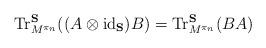
LaTeX: \begin{align*}\textup{Tr}_{M^{\pi_n}}^{\mathbf{S}}((A\otimes\textup{id}_{\mathbf{S}})B)=\textup{Tr}_{M^{\pi_n}}^{\mathbf{S}}(BA)\end{align*}